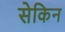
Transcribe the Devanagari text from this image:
सेकिन